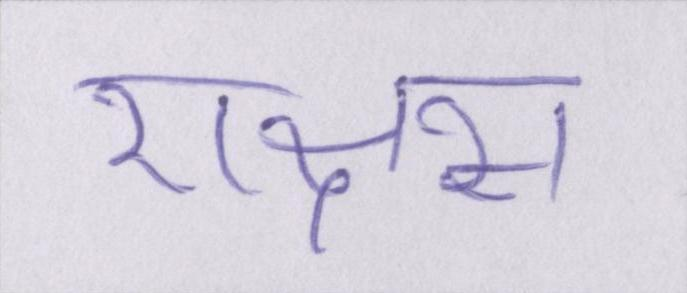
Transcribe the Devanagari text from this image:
राक्षस